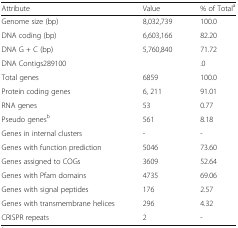
<table><thead><tr><td><b>Attribute</b></td><td><b>Value</b></td><td><b>% of Total<sup>a</sup></b></td></tr></thead><tbody><tr><td>Genome size (bp)</td><td>8,032,739</td><td>100.0</td></tr><tr><td>DNA coding (bp)</td><td>6,603,166</td><td>82.20</td></tr><tr><td>DNA G + C (bp)</td><td>5,760,840</td><td>71.72</td></tr><tr><td>DNA Contigs289100</td><td></td><td>.0</td></tr><tr><td>Total genes</td><td>6859</td><td>100.0</td></tr><tr><td>Protein coding genes</td><td>6, 211</td><td>91.01</td></tr><tr><td>RNA genes</td><td>53</td><td>0.77</td></tr><tr><td>Pseudo genes<sup>b</sup></td><td>561</td><td>8.18</td></tr><tr><td>Genes in internal clusters</td><td>-</td><td>-</td></tr><tr><td>Genes with function prediction</td><td>5046</td><td>73.60</td></tr><tr><td>Genes assigned to COGs</td><td>3609</td><td>52.64</td></tr><tr><td>Genes with Pfam domains</td><td>4735</td><td>69.06</td></tr><tr><td>Genes with signal peptides</td><td>176</td><td>2.57</td></tr><tr><td>Genes with transmembrane helices</td><td>296</td><td>4.32</td></tr><tr><td>CRISPR repeats</td><td>2</td><td>-</td></tr></tbody></table>